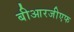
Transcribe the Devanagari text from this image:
बीआरजीएफ